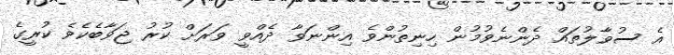
އެ ސުވާލުތައް ދެންނެވުމުން ހިނިތުންވެ އިންނަވާ ދެއްވީ ވަރަށް ކުރު ޖަވާބެކެވެ ކުރީގެ